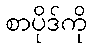
စာပိုဒ်ကို